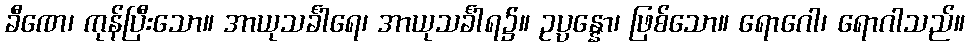
ခီဏေ၊ ကုန်ပြီးသော။ အာယုသင်္ခါရေ၊ အာယုသင်္ခါရ၌။ ဥပ္ပန္နော၊ ဖြစ်သော။ ရောဂေါ၊ ရောဂါသည်။